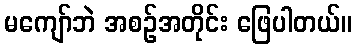
မကျော်ဘဲ အစဉ်အတိုင်း ဖြေပါတယ်။